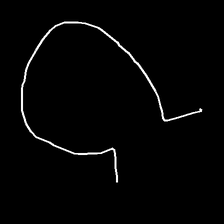
Glyph: weave